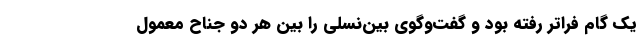
یک گام فراتر رفته بود و گفت‌وگوی‌ بین‌نسلی را بین هر دو جناح معمول